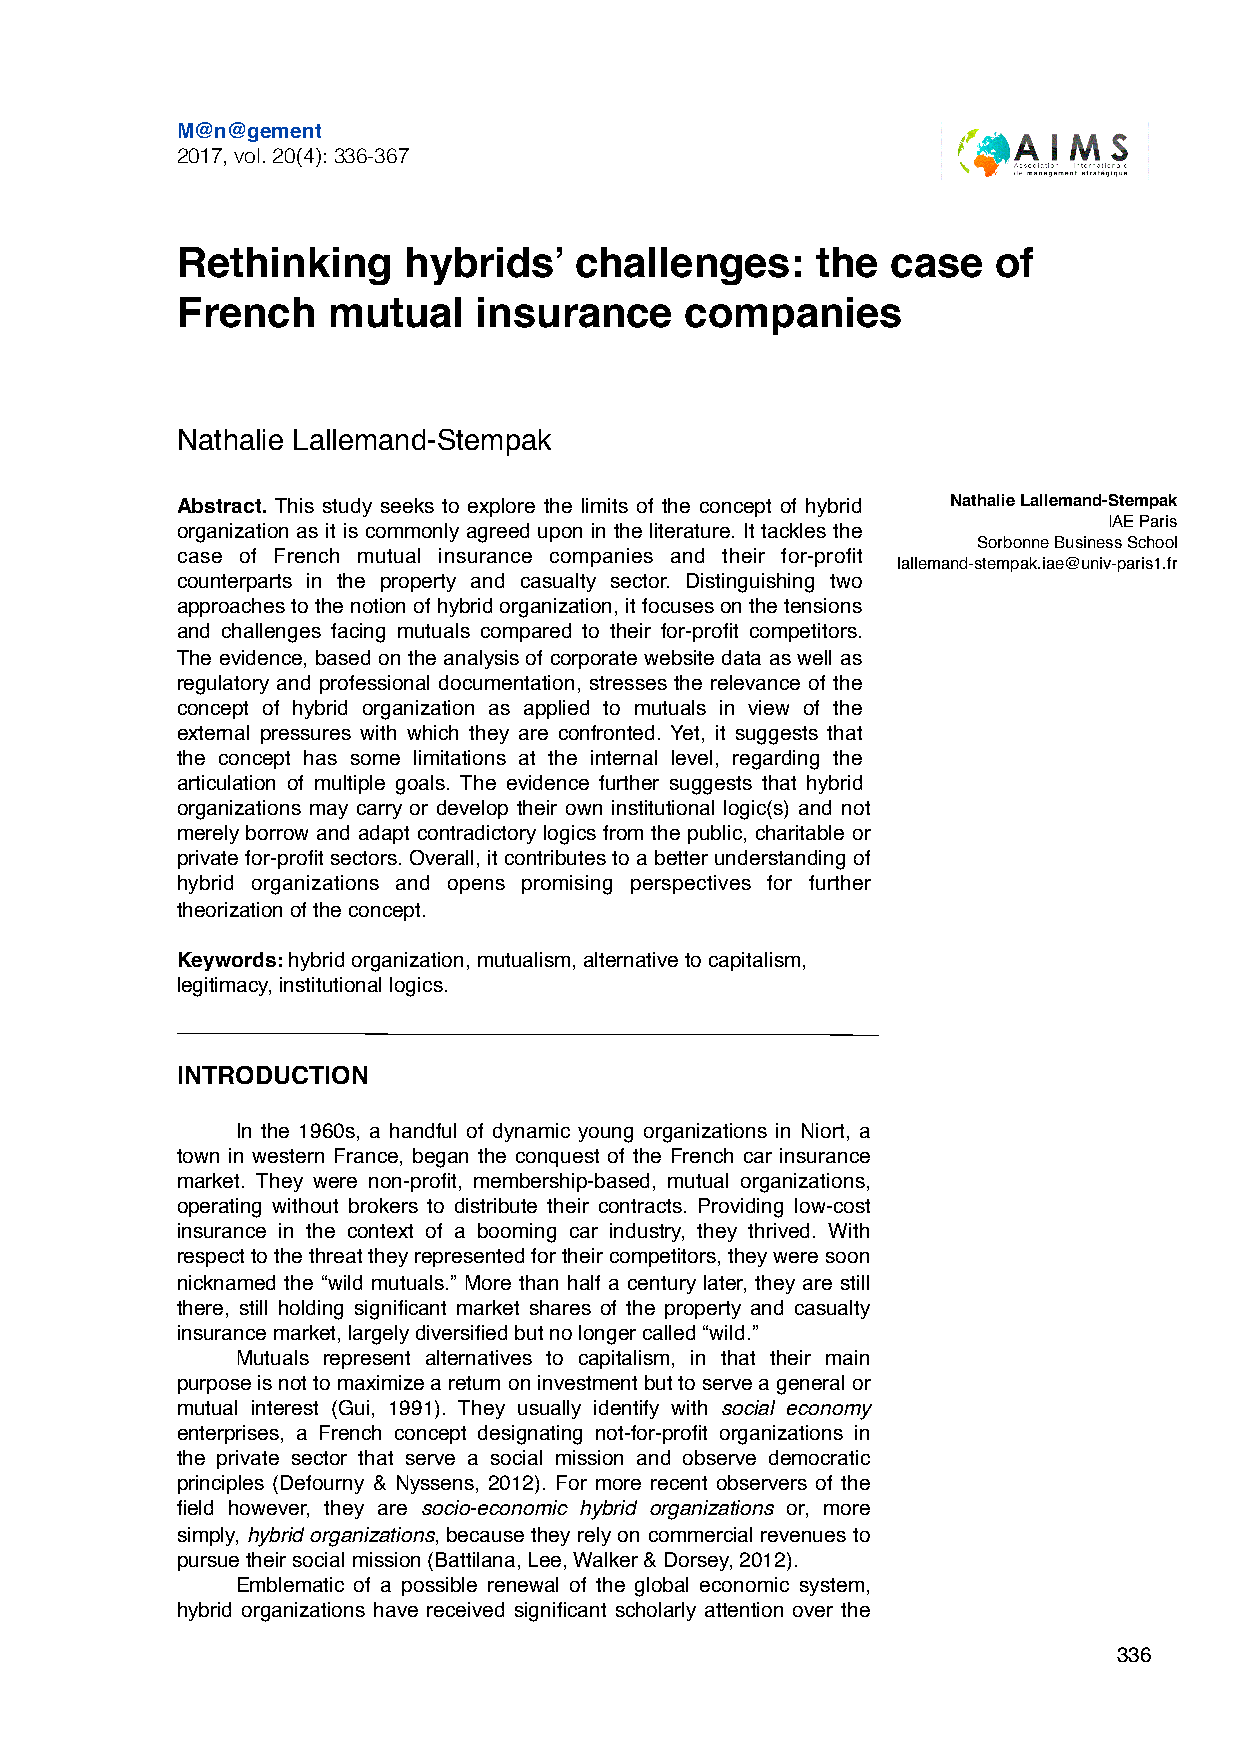
M@n@gement
 2017, vol. 20(4): 336-367
 Rethinking     hybrids’   challenges:     the  case   of
 French    mutual   insurance     companies
 Nathalie Lallemand-Stempak
 Abstract. This study seeks to explore the limits of the concept of hybrid Nathalie Lallemand-Stempak
 IAE Paris
 organization as it is commonly agreed upon in the literature. It tackles the
 Sorbonne Business School
 case of French mutual insurance companies and their for-profit
 lallemand-stempak.iae@univ-paris1.fr
 counterparts in the property and casualty sector. Distinguishing two
 approaches to the notion of hybrid organization, it focuses on the tensions
 and challenges facing mutuals compared to their for-profit competitors.
 The evidence, based on the analysis of corporate website data as well as
 regulatory and professional documentation, stresses the relevance of the
 concept of hybrid organization as applied to mutuals in view of the
 external pressures with which they are confronted. Yet, it suggests that
 the concept has some limitations at the internal level, regarding the
 articulation of multiple goals. The evidence further suggests that hybrid
 organizations may carry or develop their own institutional logic(s) and not
 merely borrow and adapt contradictory logics from the public, charitable or
 private for-profit sectors. Overall, it contributes to a better understanding of
 hybrid organizations and opens promising perspectives for further
 theorization of the concept.
 Keywords: hybrid organization, mutualism, alternative to capitalism,
 legitimacy, institutional logics.
 INTRODUCTION
 In the 1960s, a handful of dynamic young organizations in Niort, a
 town in western France, began the conquest of the French car insurance
 market. They were non-profit, membership-based, mutual organizations,
 operating without brokers to distribute their contracts. Providing low-cost
 insurance in the context of a booming car industry, they thrived. With
 respect to the threat they represented for their competitors, they were soon
 nicknamed the “wild mutuals.” More than half a century later, they are still
 there, still holding significant market shares of the property and casualty
 insurance market, largely diversified but no longer called “wild.”
 Mutuals represent alternatives to capitalism, in that their main
 purpose is not to maximize a return on investment but to serve a general or
 mutual interest (Gui, 1991). They usually identify with social economy
 enterprises, a French concept designating not-for-profit organizations in
 the private sector that serve a social mission and observe democratic
 principles (Defourny & Nyssens, 2012). For more recent observers of the
 field however, they are socio-economic hybrid organizations or, more
 simply, hybrid organizations, because they rely on commercial revenues to
 pursue their social mission (Battilana, Lee, Walker & Dorsey, 2012).
 Emblematic of a possible renewal of the global economic system,
 hybrid organizations have received significant scholarly attention over the
 336